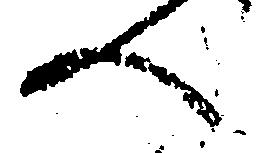
へ